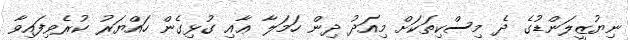
ނިޔުޒީލަންޑުގެ ދެ މިސްކިތަކަށް މިއަދު ދިން ހަމަލާ ޢާއި ގުޅިގެން ހައްޔަރު ކުރެވިފައިވާ